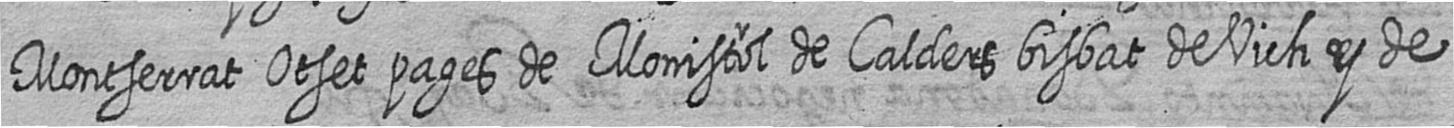
Montserrat Otset pages de Monistrol de Calders bisbat de Vich y de